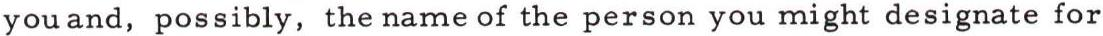
you and, possibly, the name of the person you might designate for